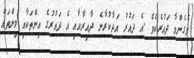
ވެގެންވާ ދައުރެކެވެ .އެ ދައުރު އަދާކުރާނެ ދާއިރާއާއި އެ ދައުރުގެ އިންތަކާއި މިންތައް